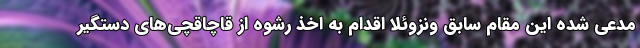
مدعی شده این مقام سابق ونزوئلا اقدام به اخذ رشوه از قاچاقچی‌های دستگیر